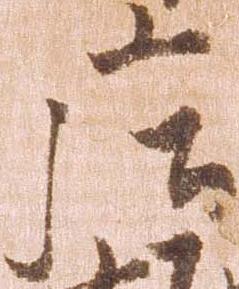
庄